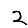
Digit: 2